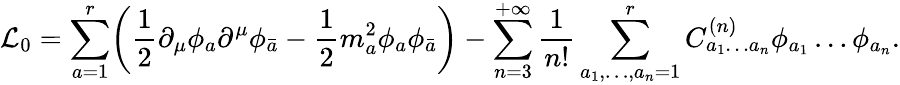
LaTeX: \mathcal{L}_{0}=\sum_{a=1}^{r}\biggl(\frac{1}{2}\partial_{\mu}\phi_{a}\partial^{\mu}\phi_{\bar{a}}-\frac{1}{2}m_{a}^{2}\phi_{a}\phi_{\bar{a}}\biggr)-\sum_{n=3}^{+\infty}\frac{1}{n!}\sum_{a_{1},\dots,a_{n}=1}^{r}C_{a_{1}\ldots a_{n}}^{(n)}\phi_{a_{1}}\ldots\phi_{a_{n}}.